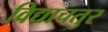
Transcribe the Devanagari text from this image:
विद्याचतुर